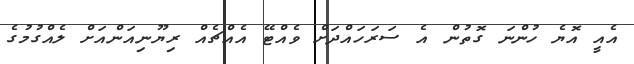
އެއީ އޮޔެ ހުންނަ ގޮތުން އެ ސަރަހައްދަށް ވެއްޓޭ އެއްޗެއް ރިޔޫނިއަންއަށް ލެއްގުމުގެ